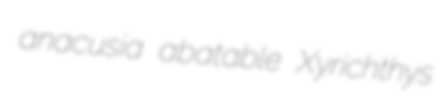
anacusia abatable Xyrichthys